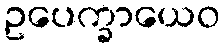
ဥပေက္ခာယေဝ